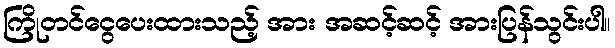
ကြိုတင်ငွေပေးထားသည့် အား အဆင့်ဆင့် အားပြန်သွင်းပါ။